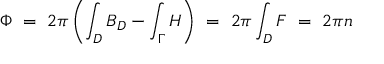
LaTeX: \Phi \ = \ 2 \pi \left( \int _ { D } B _ { D } - \int _ { \Gamma } H \right) \ = \ 2 \pi \int _ { D } F \ = \ 2 \pi n